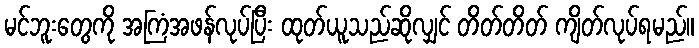
မင်ဘူးတွေကို အကြံအဖန်လုပ်ပြီး ထုတ်ယူသည်ဆိုလျှင် တိတ်တိတ် ကျိတ်လုပ်ရမည်။